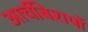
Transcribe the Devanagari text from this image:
आर्चबिशपों